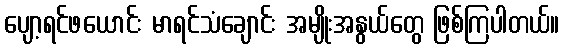
ပျော့ရင်ဖယောင်း မာရင်သံချောင်း အမျိုးအနွယ်တွေ ဖြစ်ကြပါတယ်။